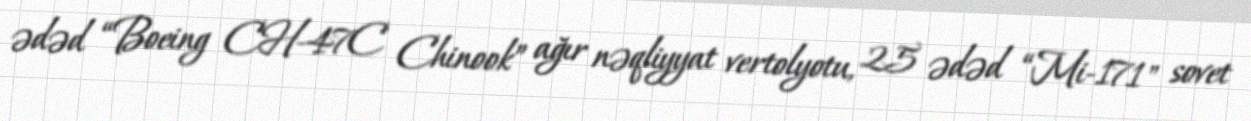
ədəd “Boeing CH-47C Chinook” ağır nəqliyyat vertolyotu, 25 ədəd “Mi-171" sovet